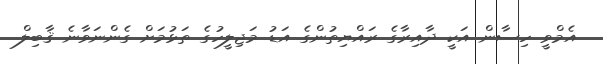
އެމްވީ ހިސާން އަކީ ދާއިރާގެ ރައްޔިތުންގެ އަޑު މަޖިލީހުގެ ތަޅުމަށް ގެންނަވާނެ ޤާބިލް